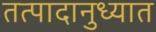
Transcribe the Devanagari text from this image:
तत्पादानुध्यात